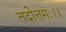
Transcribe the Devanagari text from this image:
तदोत्तमः।।